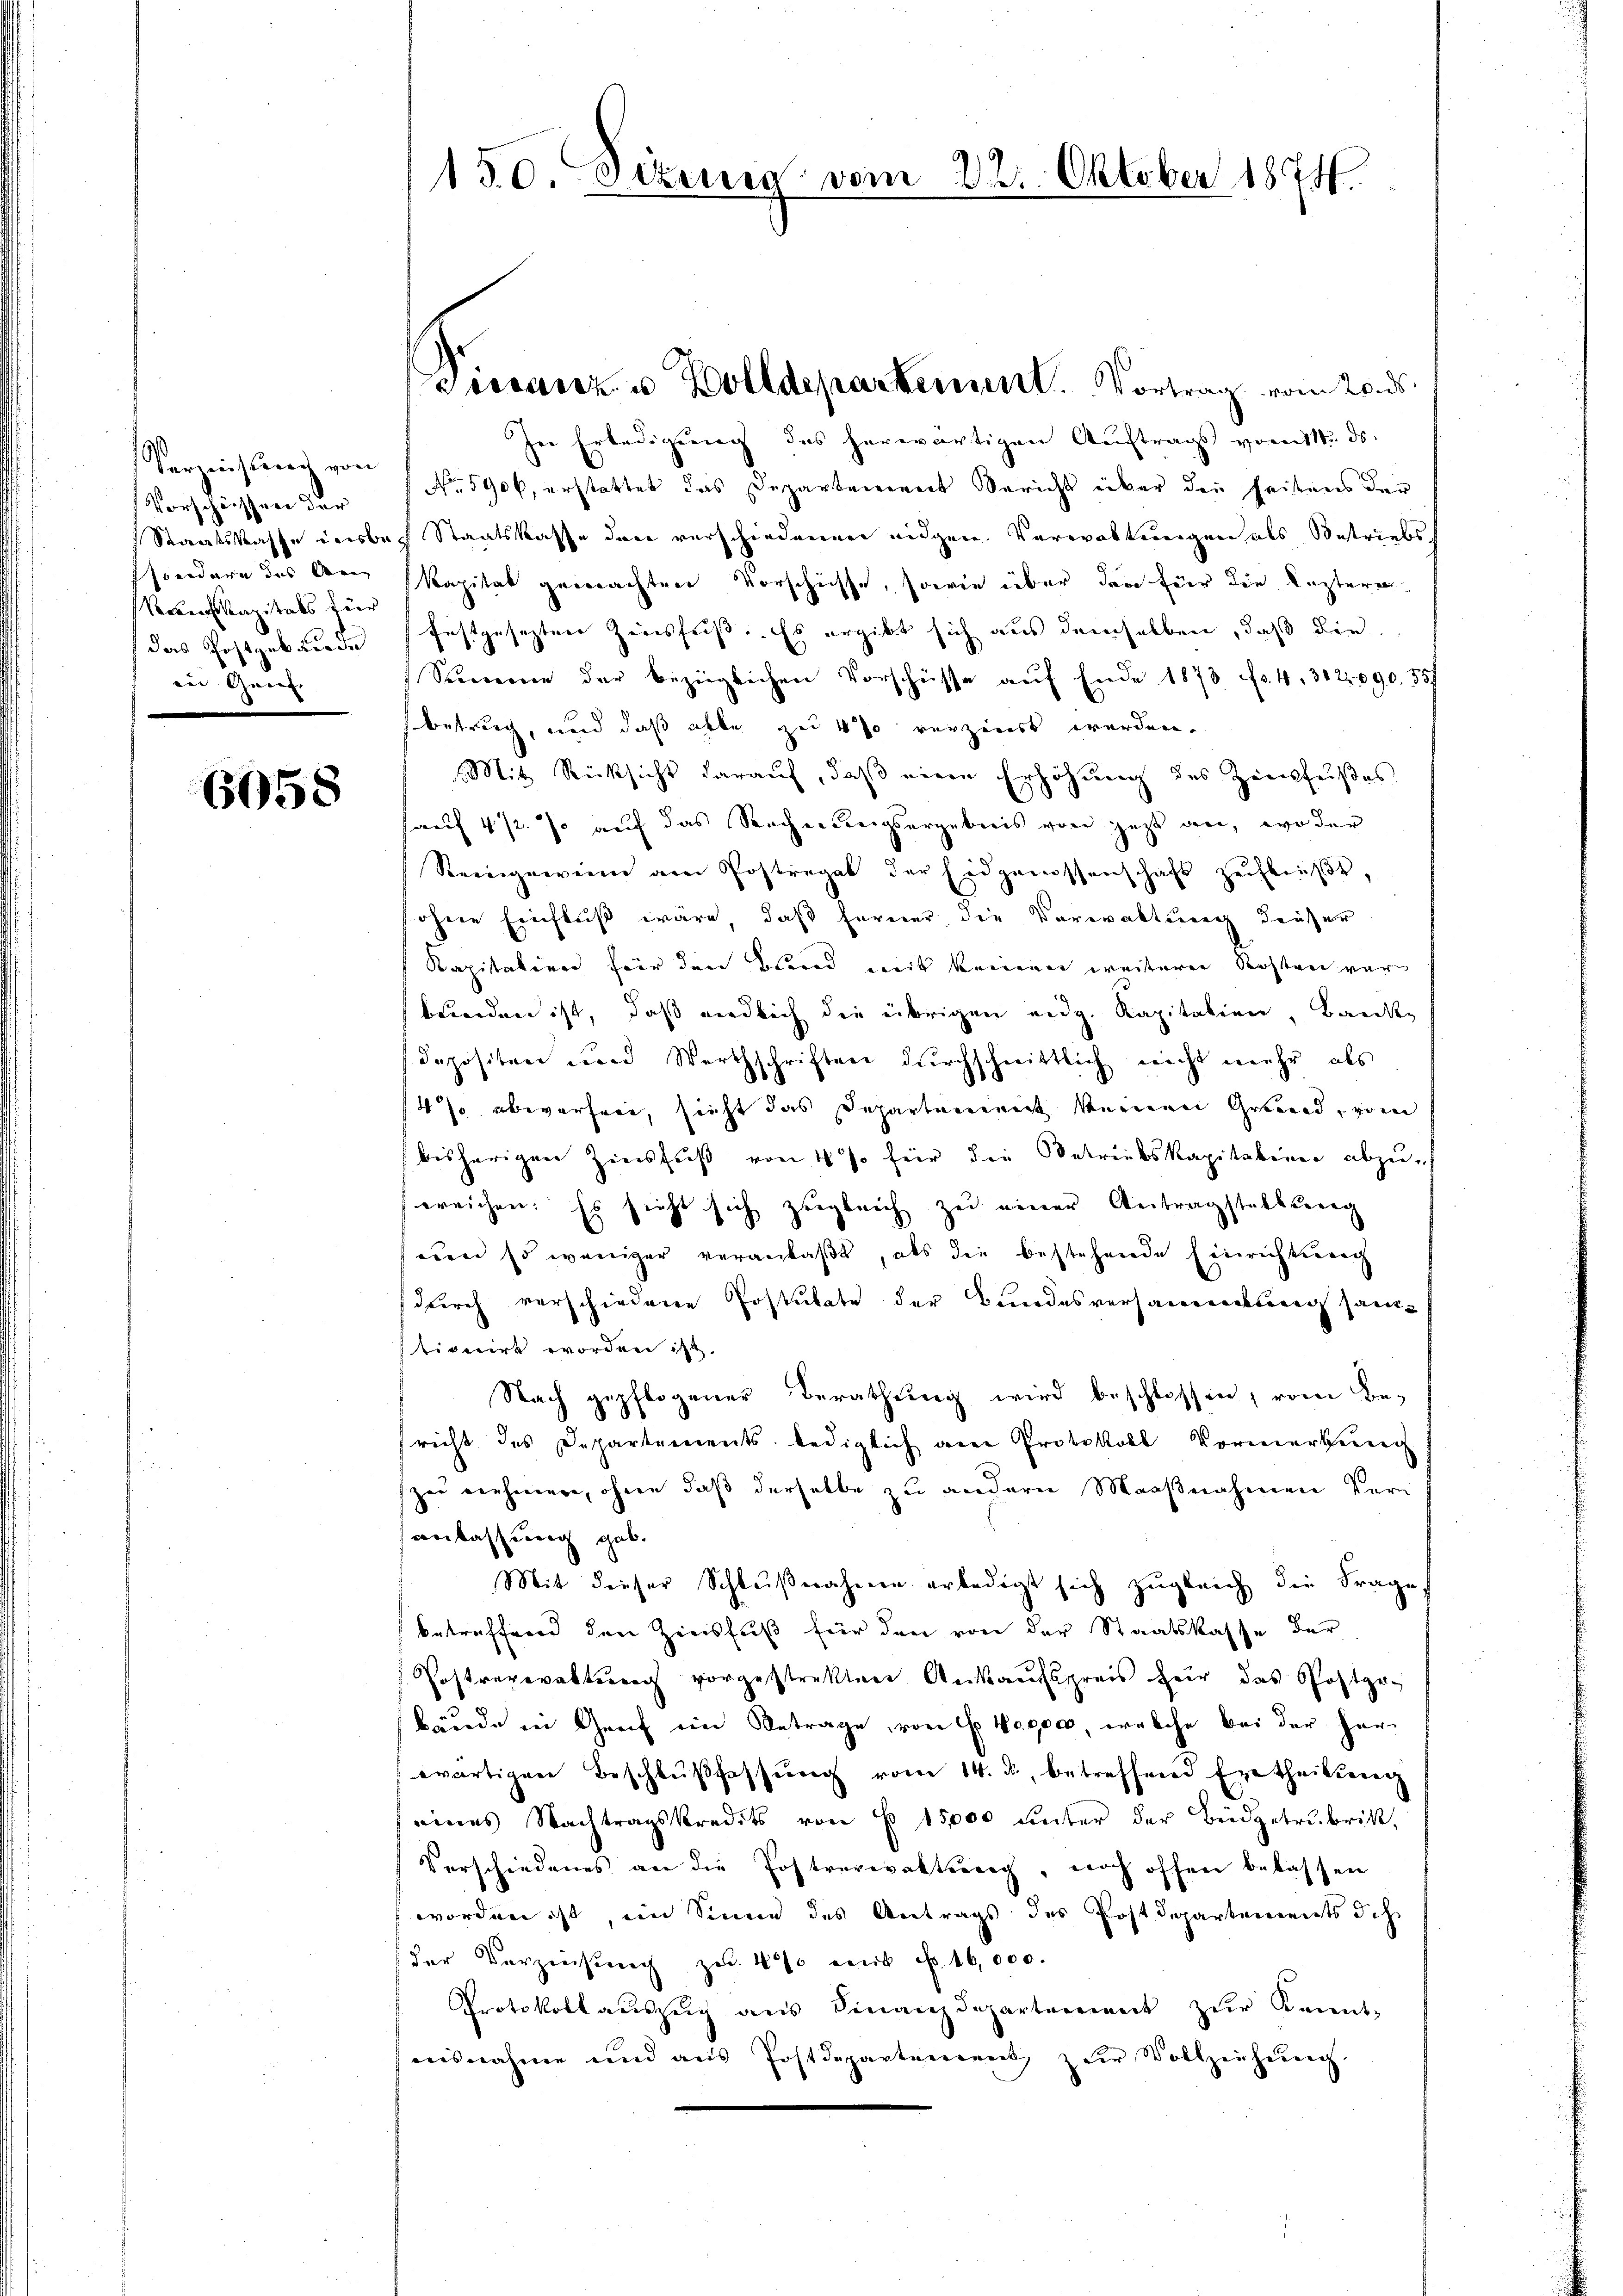
Verzinsung von
Vorscheissen der
Staatskasse Leibe.
sondere des An
Racenskapitals für
das Postgebäude
in Genf

6058

150 Sizilia vom

In Erledigung des herwärtigen Auftrags vom 11. ds.
No 590, erstattet das Departement Bericht über die seitens der
Staatskasse der verschiedenen eidgen. Verwaltungen als Bestriebs
Kapitat gemachten Vorschiesse, sowie über den für die lezterer
festgeseztere Zinsfriss. Es ergibt sich aus demselben, daß die
Semme der bezüglichen Vorschüsse auf Ende 1873 f. 4, 312090. 557
betrug, und daß alle zu 4% verziert werden.
Mit Rücksicht darauf, daß eine Erhöhung des Zinsfußes
sauf 4 1/2. so auf das Recherweigsergebnis von jetzt an, wo der
Reingewinn am Postregal der Eidgenossenschaft zustraβe.
ohne Einfluß wäre, daß ferner die Verwaltung dausser
Kapitation für den Bland mit keinen weiterer Kosten wär
bunden ist, daß endlich die übrigen eidg. Kapitalien, Banden
Depositen und Werthschriften durchschnittlich nicht mehr als
4% abeverfere, sieht das Departement keinen Grund, vom
bisherigen Zinsfuß von 4 % für die Betriebskapitalien abzuereichen: Es sieht sich zugleich zu einer Antragstaltung
eben so weniger veranlaßt, als die bestehende Einrichtung
durch verschiedene Postulate der Bundesversamenkung san
tionirt worden ist.
Nach gepflogener Berathung wird beschlossen, vom Bericht des Departements, lediglich am Protokoll Vormerkung
zu nehmen, ohne daß derselbe zu andern Maaßnahmen Veranlassung gab.
Mit dieser Schlußnahmen erledigt sich zugleich die Frage,
betreffend den Zinsfuß für den von der Staatskasse der
Postverwaltung vorgestrakter Ankaufspreis her das Postgebäude in Greif in Betrage, von 6 Wege, welche bei der Herwärtigen Beschlußfassung vom 14. ds., betreffend Ertheilung
eines Nachtragskredits von § 15,000 unter der Büdgetrubrik,
Verschiedenes an die Postverwaltung, noch offen belassen
worden ist, im Sinne des Antrags des Postdepartements dich
der Verzinsung zu 400 mit No. 16,000.
Protokoll aŭszŭg ans Finanzdepartement zŭr Kennt-
ausnahme und aus Postdepartement zŭr Vollziehŭng

Pissariz- u Bolldepartement. Vortrag vom 20. ds.

22. Oktober 1874.